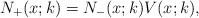
\begin{align*}N_+(x;k) =N_-(x;k) V(x;k),\end{align*}